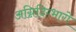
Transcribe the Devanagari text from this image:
अग्निदिग्भागे